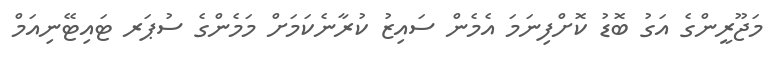
މަޖޫރީންގެ އަގު ބޮޑު ކޮށްފިނަމަ އެމެން ސައިޒު ކުރާނެކަމަށް މަމެންގެ ސުޕަރ ޓައިޓޭނިއަމް